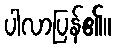
ပါလာပြန်၏။